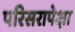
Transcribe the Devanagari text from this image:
परिसरापेक्षा